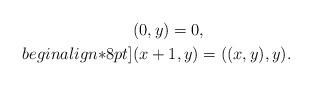
LaTeX: \begin{align*}& (0,y) = 0, \\begin{align*}8pt]& (x + 1, y) = ((x,y),y).\end{align*}